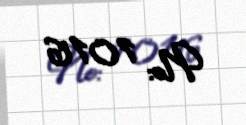
№: 1016